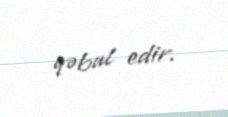
qəbul edir.